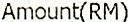
AMOUNT(RM)